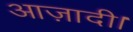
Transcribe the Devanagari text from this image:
आज़ादी।